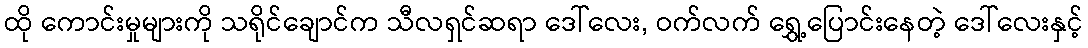
ထို ကောင်းမှုများကို သရိုင်ချောင်က သီလရှင်ဆရာ ဒေါ်လေး, ဝက်လက် ရွှေ့ပြောင်းနေတဲ့ ဒေါ်လေးနှင့်